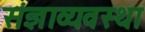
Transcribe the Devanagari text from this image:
संज्ञाव्यवस्था